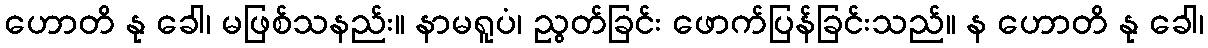
ဟောတိ နု ခေါ၊ မဖြစ်သနည်း။ နာမရူပံ၊ ညွတ်ခြင်း ဖောက်ပြန်ခြင်းသည်။ န ဟောတိ နု ခေါ၊